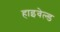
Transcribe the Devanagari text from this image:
हाइवेल्ड